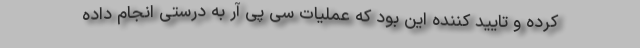
کرده و تایید کننده این بود که عملیات سی پی آر به درستی انجام داده